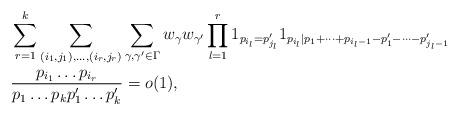
LaTeX: \begin{align*}& \sum_{r=1}^k \sum_{(i_1,j_1),\dots,(i_r,j_r)} \sum_{\gamma,\gamma' \in \Gamma} w_\gamma w_{\gamma'} \prod_{l=1}^r 1_{p_{i_l}=p'_{j_l}} 1_{p_{i_l}|p_1+\dots+p_{i_l-1} - p'_1 - \dots - p'_{j_l-1}} \\&\frac{ p_{i_1} \dots p_{i_r} }{ p_1 \dots p_k p'_1 \dots p'_k } = o(1),\end{align*}